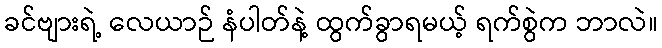
ခင်ဗျားရဲ့ လေယာဉ် နံပါတ်နဲ့ ထွက်ခွာရမယ့် ရက်စွဲက ဘာလဲ။